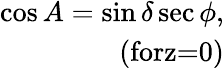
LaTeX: \begin{array}{r}{\cos A=\sin\delta\sec\phi,}\\ {\textrm{(forz=0)}}\end{array}